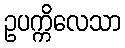
ဥပက္ကိလေသာ